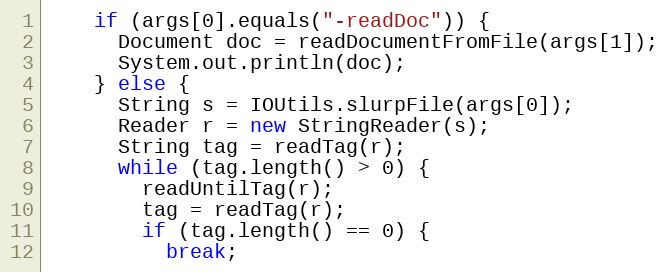
Language: Java
    if (args[0].equals("-readDoc")) {
      Document doc = readDocumentFromFile(args[1]);
      System.out.println(doc);
    } else {
      String s = IOUtils.slurpFile(args[0]);
      Reader r = new StringReader(s);
      String tag = readTag(r);
      while (tag.length() > 0) {
        readUntilTag(r);
        tag = readTag(r);
        if (tag.length() == 0) {
          break;